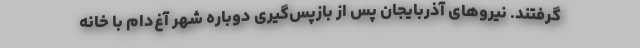
گرفتند. نیروهای آذربایجان پس از بازپس‌گیری دوباره شهر آغ‌دام با خانه